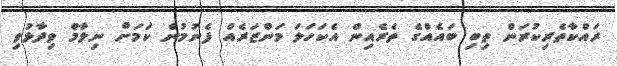
ރައްކާތެރިކުރަން ތިބި ބައެއްގެ ތެރެއިން އެކަހަލަ މަންޒަރެއް ފެނުމުން ކަމަށް ނިލާމް ވިދާޅުވި